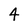
Character: 4